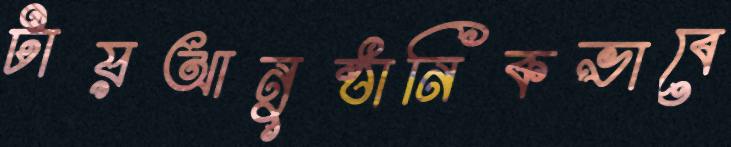
টায়আনুষ্ঠানিকভাবে